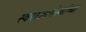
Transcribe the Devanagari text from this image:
स्वराज्यसंस्थांच्या